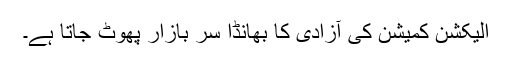
الیکشن کمیشن کی آزادی کا بھانڈا سر بازار پھوٹ جاتا ہے۔